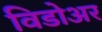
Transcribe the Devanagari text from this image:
विडोअर